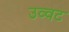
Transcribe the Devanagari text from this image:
उव्‍वट